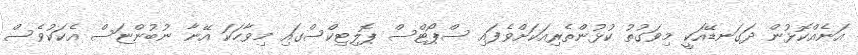
އަނެއްކޮޅުން ދަގަނޑޭއަކީ މިވަގުތު ކުޅުންތެރިއަކަށްވެފައި ސްޕޯޓްސް ޕޮލިޓިކްސްގައި މިވާހަކަ އޭނާ ނުބުންޏަސް އެކަކުވެސް